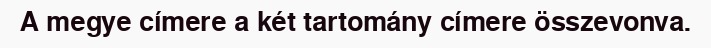
A megye címere a két tartomány címere összevonva.